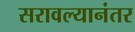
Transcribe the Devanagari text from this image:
सरावल्यानंतर